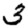
Digit: 3